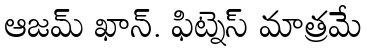
ఆజమ్ ఖాన్. ఫిట్నెస్ మాత్రమే